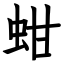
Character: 蚶